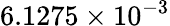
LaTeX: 6.1275\times 10^{-3}